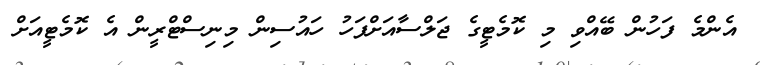
އެންމެ ފަހުން ބޭއްވި މި ކޮމެޓީގެ ޖަލްސާއަށްފަހު ހައުސިން މިނިސްޓްރީން އެ ކޮމެޓީއަށް